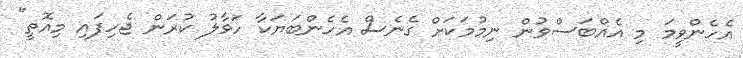
އެހެންވީމަ މި އެއްބަސްވުން ނިމުމަކަށް ގެނެސް އެހެންބަޔަކާ ހަވާލު ކުރަން ޖެހިފައި މިއޮތީ"